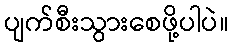
ပျက်စီးသွားစေဖို့ပါပဲ။